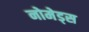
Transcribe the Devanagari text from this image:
नोमेड्स